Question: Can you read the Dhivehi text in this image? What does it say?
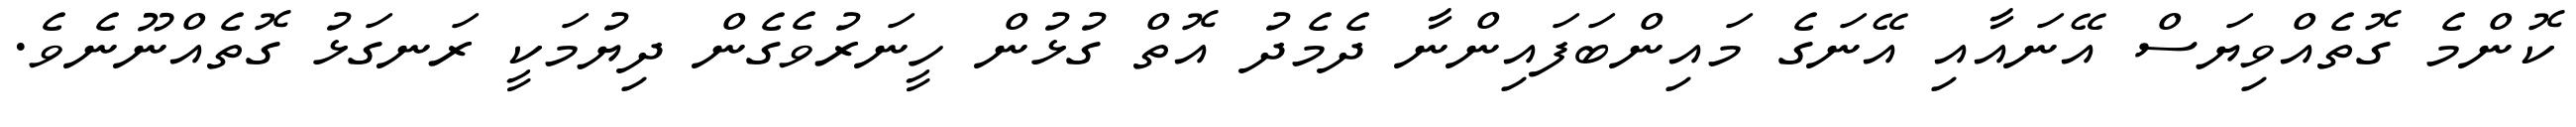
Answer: ކޮންމެ ގޮތެއްވިޔަސް އޭނައާއި އޭނަގެ މައިންބަފައިންނާ ދެމެދު އޮތް ގުޅުން ހީނަރުވެގެން ދިޔުމަކީ ރަނގަޅު ގޮތެއްނޫނެވެ.